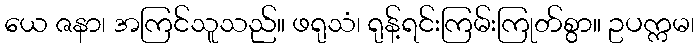
ယေ ဇနာ၊ အကြင်သူသည်။ ဖရုသံ၊ ရုန့်ရင်းကြမ်းကြုတ်စွာ။ ဥပက္ကမ၊